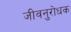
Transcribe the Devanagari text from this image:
जीवनुरोधक